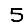
Digit: 5